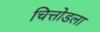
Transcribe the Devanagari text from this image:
चित्तोडला